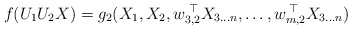
\begin{align*}f(U_1U_2X)=g_{2}(X_1,X_2,w_{3,2}^{\;\top} X_{3\ldots n},\ldots,w_{m,2}^{\;\top} X_{3\ldots n})\,\end{align*}